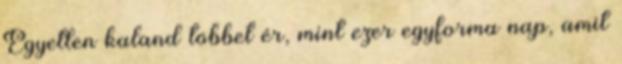
Egyetlen kaland többet ér, mint ezer egyforma nap, amit